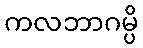
ကလဘာဂမ္ပိ